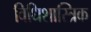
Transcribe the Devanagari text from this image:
विधिशास्त्रिक